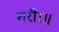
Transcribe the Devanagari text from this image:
शरीर॥